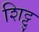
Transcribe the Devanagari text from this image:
शिट्टु